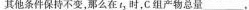
其他条件保持不变，那么在t_{3 }时，C组产物总量___.